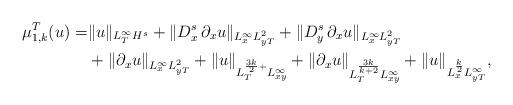
LaTeX: \begin{align*}\begin{aligned}\mu_{1,k}^T(u)=&\|u\|_{L_T^\infty H^s}+\|D_x^{s} \,\partial_x u\|_{L_x^\infty L_{yT}^2}+\|D_y^{s} \,\partial_x u\|_{L_x^\infty L_{yT}^2}\\&+\|\partial_x u\|_{L_x^\infty L_{yT}^2}+\|u\|_{L_T^{\frac{3k}{2}+} L_{xy}^\infty}+\|\partial_xu\|_{L_T^{\frac{3k}{k+2}} L_{xy}^\infty} +\|u\|_{L_x^{\frac{k}{2}}L_{yT}^{\infty}},\end{aligned}\end{align*}